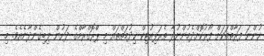
ހުންނަ ފަރާތްތަކަށް ފޯރުކޮށްދެމުންނުދާ ތެރަޕިއުޓިކް ޚިދުމަތްތައް މި ޕްރޮގްރާމްގެ ދަށުން ލިބިގެންދާނެއެވެ. މި